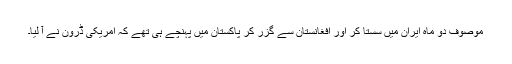
موصوف دو ماہ ایران میں سستا کر اور افغانستان سے گزر کر پاکستان میں پہنچے ہی تھے کہ امریکی ڈرون نے آ لیا۔